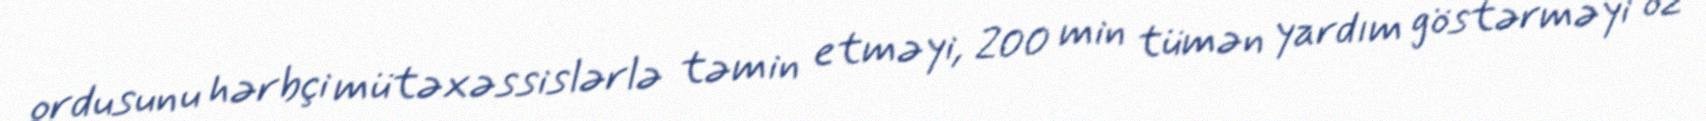
ordusunu hərbçi mütəxəssislərlə təmin etməyi, 200 min tümən yardım göstərməyi öz